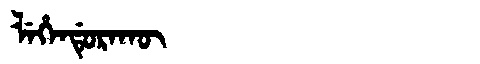
Manchu: ᠯᡝᡥᡝᠨᡩᡠᡵᠠᡴᡡ
Romanization: LEHENDURAKŪ